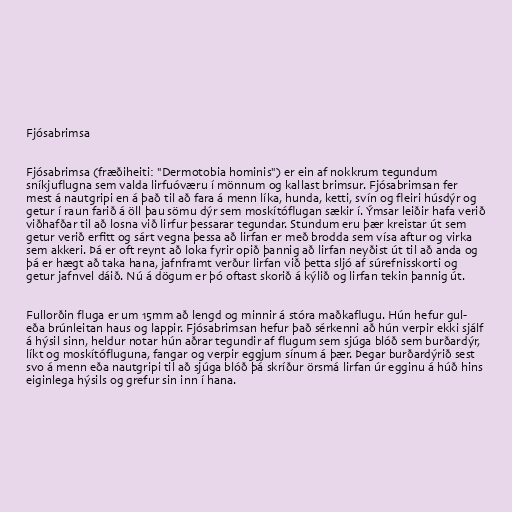
Fjósabrimsa

Fjósabrimsa (fræðiheiti: "Dermotobia hominis") er ein af nokkrum tegundum
sníkjuflugna sem valda lirfuóværu í mönnum og kallast brimsur. Fjósabrimsan fer
mest á nautgripi en á það til að fara á menn líka, hunda, ketti, svín og fleiri húsdýr og
getur í raun farið á öll þau sömu dýr sem moskítóflugan sækir í. Ýmsar leiðir hafa verið
viðhafðar til að losna við lirfur þessarar tegundar. Stundum eru þær kreistar út sem
getur verið erfitt og sárt vegna þessa að lirfan er með brodda sem vísa aftur og virka
sem akkeri. Þá er oft reynt að loka fyrir opið þannig að lirfan neyðist út til að anda og
þá er hægt að taka hana, jafnframt verður lirfan við þetta sljó af súrefnisskorti og
getur jafnvel dáið. Nú á dögum er þó oftast skorið á kýlið og lirfan tekin þannig út.

Fullorðin fluga er um 15mm að lengd og minnir á stóra maðkaflugu. Hún hefur gul-
eða brúnleitan haus og lappir. Fjósabrimsan hefur það sérkenni að hún verpir ekki sjálf
á hýsil sinn, heldur notar hún aðrar tegundir af flugum sem sjúga blóð sem burðardýr,
líkt og moskítófluguna, fangar og verpir eggjum sínum á þær. Þegar burðardýrið sest
svo á menn eða nautgripi til að sjúga blóð þá skríður örsmá lirfan úr egginu á húð hins
eiginlega hýsils og grefur sin inn í hana.